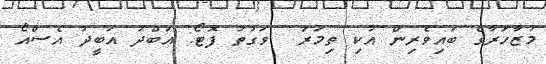
މުޒާހަރާގެ ބައިވެރިން އުކި ތިމަރަ  ވަގުތު ފޮޓޯ: އަބްދު އަބީދު އެސްއޯ